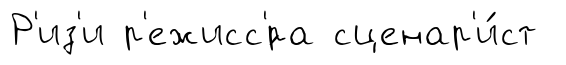
Р'из'и р'ежисс'́ра сценар'и́ст